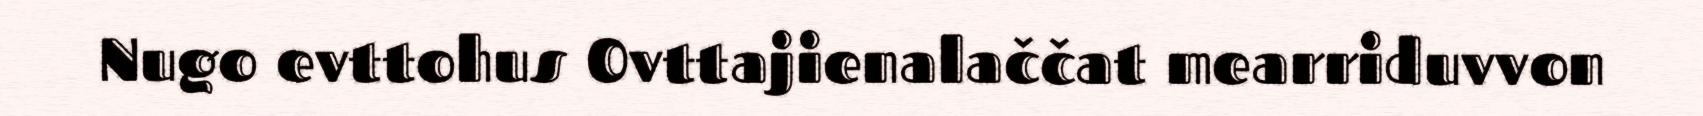
Nugo evttohus Ovttajienalaččat mearriduvvon